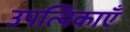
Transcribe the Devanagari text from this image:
उपत्यिकाएँ